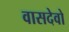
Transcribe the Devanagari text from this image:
वासदेवो